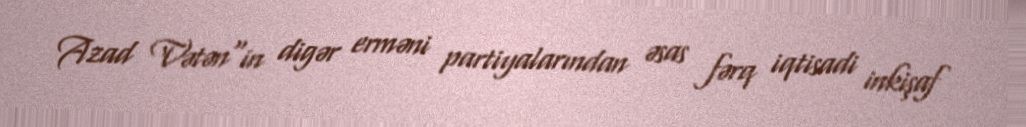
Azad Vətən"in digər erməni partiyalarından əsas fərq iqtisadi inkişaf